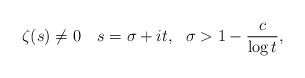
\begin{align*}\zeta(s) \ne 0 ~~~ s=\sigma+it, ~~ \sigma >1-\frac{c}{\log t},\end{align*}